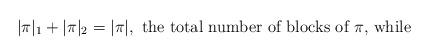
LaTeX: \begin{align*}| \pi |_1 + | \pi |_2 = | \pi |,\mbox{ the total number of blocks of $\pi$, while}\end{align*}